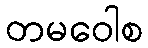
တမဝေါစ